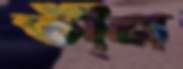
তী্ন